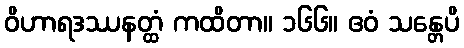
ဝိဟာရဒဿနတ္ထံ ကထိတာ။ ၁၆၆။ ဧဝံ သန္တေပိ